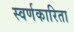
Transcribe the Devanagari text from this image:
स्वर्णकारिता